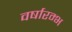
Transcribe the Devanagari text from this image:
वर्षारम्भ